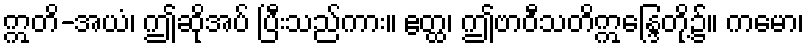
ဣတိ-အယံ၊ ဤဆိုအပ် ပြီးသည်ကား။ ဧတ္ထ၊ ဤဗာဝီသတိဣန္ဒြေတို့၌။ ကမော၊